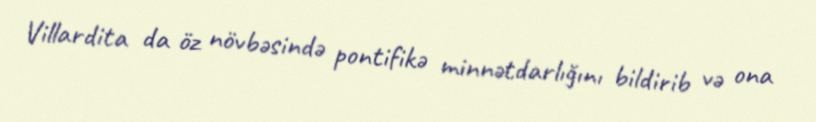
Villardita da öz növbəsində pontifikə minnətdarlığını bildirib və ona